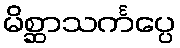
မိစ္ဆာသင်္ကပ္ပေ